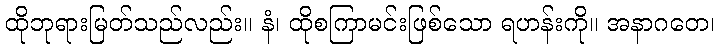
ထိုဘုရားမြတ်သည်လည်း။ နံ၊ ထိုစကြာမင်းဖြစ်သော ရဟန်းကို။ အနာဂတေ၊